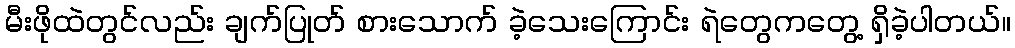
မီးဖိုထဲတွင်လည်း ချက်ပြုတ် စားသောက် ခဲ့သေးကြောင်း ရဲတွေကတွေ့ ရှိခဲ့ပါတယ်။